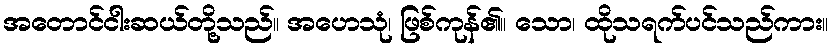
အတောင်ငါးဆယ်တို့သည်။ အဟေသုံ၊ ဖြစ်ကုန်၏။ သော၊ ထိုသရက်ပင်သည်ကား။